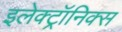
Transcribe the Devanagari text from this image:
इलेक्ट्रॉनिक्‍स